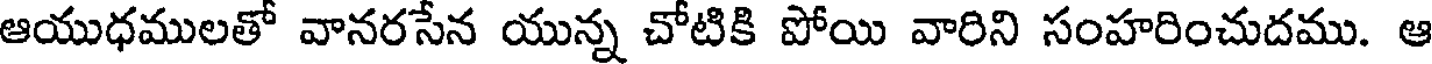
ఆయుధములతో వానరసేన యున్న చోటికి పోయి వారిని సంహరించుదము. ఆ